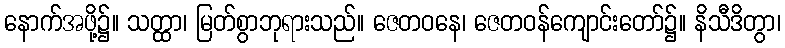
နောက်အဖို့၌။ သတ္ထာ၊ မြတ်စွာဘုရားသည်။ ဇေတဝနေ၊ ဇေတဝန်ကျောင်းတော်၌။ နိသီဒိတွာ၊